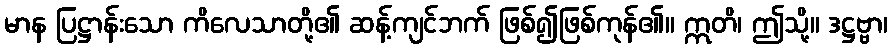
မာန ပြဋ္ဌာန်းသော ကိလေသာတို့၏ ဆန့်ကျင်ဘက် ဖြစ်၍ဖြစ်ကုန်၏။ ဣတိ၊ ဤသို့။ ဒဋ္ဌဗ္ဗာ၊